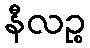
နီလဉ္စ